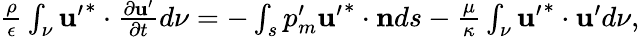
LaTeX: \begin{array}{r}{\frac{\rho}{\epsilon}\int_{\nu}\mathbf{u^{\prime}}^{*}\cdot\frac{\partial\mathbf{u^{\prime}}}{\partial t}d\nu=-\int_{s}p_{m}^{\prime}\mathbf{u^{\prime}}^{*}\cdot\mathbf{n}ds-\frac{\mu}{\kappa}\int_{\nu}\mathbf{u^{\prime}}^{*}\cdot\mathbf{u^{\prime}}d\nu,}\end{array}